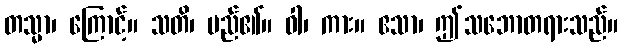
တသ္မာ၊ ကြောင့်။ သတိ၊ မည်၏။ ဝါ၊ ကား။ ဧသာ၊ ဤသဘောတရားသည်။